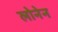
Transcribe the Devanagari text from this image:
लोनेन